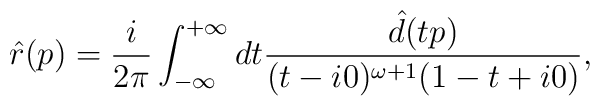
\hat{r} (p) = \frac{i}{2\pi}\int_{- \infty}^{+ \infty} dt \frac{\hat{d}(tp)}{(t-i0)^{\omega +1}(1-t+i0)},